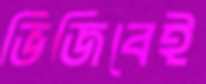
ভিজিবেই